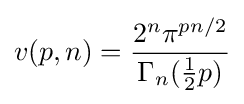
v(p,n)={\frac {2^{n}\pi ^{pn/2}}{\Gamma _{n}({\tfrac {1}{2}}p)}}